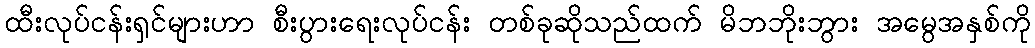
ထီးလုပ်ငန်းရှင်များဟာ စီးပွားရေးလုပ်ငန်း တစ်ခုဆိုသည်ထက် မိဘဘိုးဘွား အမွေအနှစ်ကို